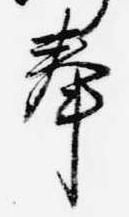
奉